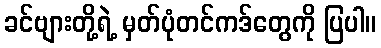
ခင်ဗျားတို့ရဲ့ မှတ်ပုံတင်ကဒ်တွေကို ပြပါ။